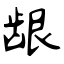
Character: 龈